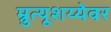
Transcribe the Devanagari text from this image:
म्रुत्यूशय्येवर